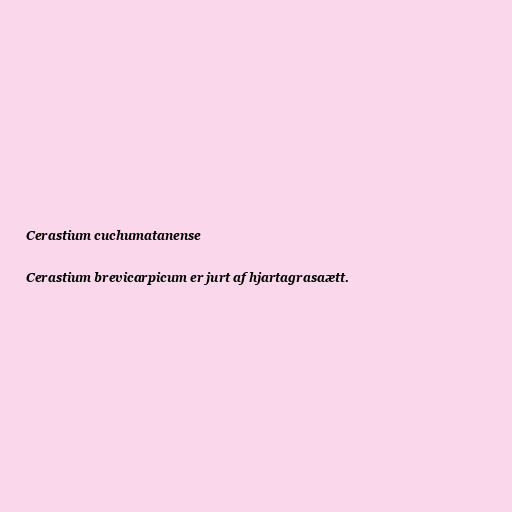
Cerastium cuchumatanense

Cerastium brevicarpicum er jurt af hjartagrasaætt.